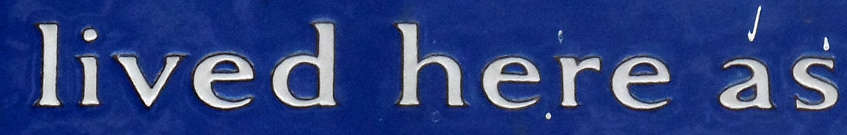
lived here as